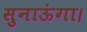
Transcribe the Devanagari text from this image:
सुनाऊंगा।